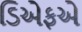
ડિએફએ